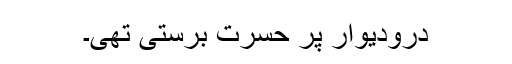
درودیوار پر حسرت برستی تھی۔